Sanitation, dispensaries and jails vaccination Rajputana 1922-1927 - 1922-1927
Year: 1922
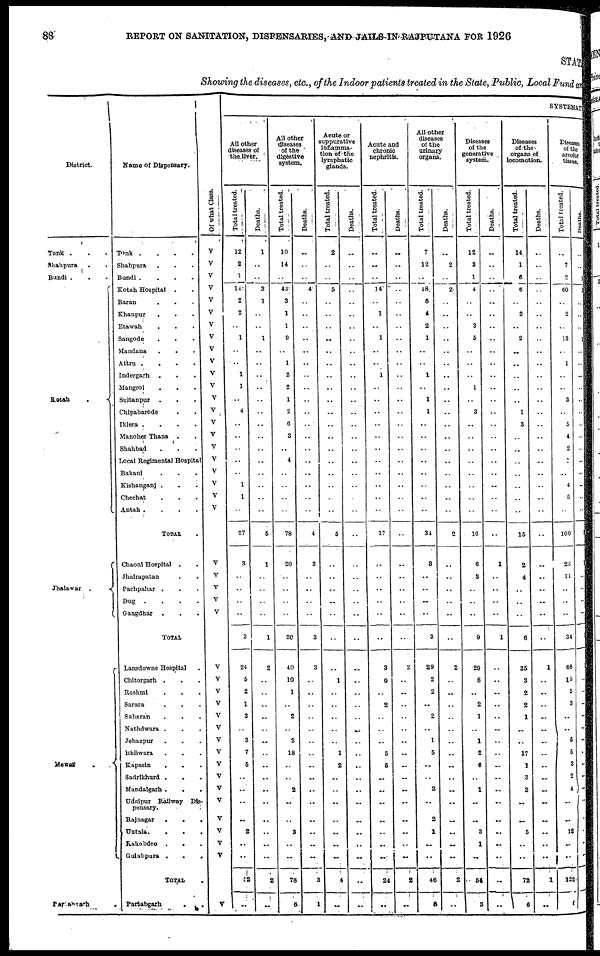
88
REPORT ON SANITATION, DISPENSARIES, AND JAILS IN RAJPUTANA FOR 1926
STATE
Showing the diseases, etc., of the Indoor patients treated in the State, Public, Local Fund an
District.
Tonk ...
Shahpura ..
Bundi
...
Kotah
.
Jhalawar .
Mewar
. .
Partabgarh .
Name of Dispensary.
Tonk ....
Shahpura ...
Bundi ....
Kotah Hospital ..
Baran ...
Khanpur ...
Etawah ...
Sangode
.
.
.
Mandana
...
Attru ....
Indergarh
...
Mangrol ...
Sultanpur ...
Chipabarode ..
Iklera
.
.
.
.
Manoher Thana ..
Shahbad ...
Local Regimental Hospital
Bakani ...
Kishanganj ...
Chechat ...
Antah .
.
.
.
TOTAL .
Chaoni Hospital ..
Jhalrapatan ..
Pachpahar ...
Dug
.
.
.
.
Gangdhar ...
TOTAL
Lansdowne Hospital .
Chitorgarh ...
Rashmi ...
Sarara ...
Saharan ...
Nathdwara ...
Jehazpur
...
Bhilwara ...
Kapasin
...
Sadrikhurd ...
Mandalgarh ...
Udaipur Railway Dis-
pensary.
Rajnagar
.
.
.
Untala.
...
Rakabdeo ...
Gulabpura
.
.
.
TOTAL .
Partabgarh
. .
Of what Class.
V
V
V
V
V
V
V
V
V
V
V
V
V
V
V
V
V
V
V
V
V
V
V
V
V
V
V
..
V
V
V
V
V
V
V
V
V
V
V
V
V
V
V
V
V
SYSTEMATIC
All other
diseases of
the liver.
Total treated.
12
2
1
14
2
2
..
1
..
..
1
1
..
4
..
..
..
..
..
1
1
..
27
3
..
..
..
..
3
24
5
2
1
3
..
3
7
5
..
..
..
..
2
..
..
52
..
Deaths.
1
..
..
3
1
..
..
1
..
..
..
..
..
..
..
..
..
..
..
..
..
..
5
1
..
..
..
..
1
2
..
..
..
..
..
..
..
..
..
..
..
..
..
..
..
2
..
All other
diseases
of the
digestive
system.
Total treated.
10
14
..
43
3
1
1
9
..
1
2
2
1
2
6
3
..
4
..
..
..
..
78
20
..
..
..
..
20
40
10
1
..
2
..
2
18
..
..
2
..
..
3
..
..
78
6
Deaths.
..
..
..
4
..
..
..
..
..
..
..
..
..
..
..
..
..
..
..
..
..
..
4
3
..
..
..
..
3
3
..
..
..
..
..
..
..
..
..
..
..
..
..
..
..
3
1
Acute or
suppurative
inflamma-
tion of the
lymphatic
glands.
Total treated.
2
..
..
5
..
..
..
..
..
..
..
..
..
..
..
..
..
..
..
..
..
..
5
..
..
..
..
..
..
..
1
..
..
..
..
..
1
2
..
..
..
..
..
..
..
4
..
Deaths.
..
..
..
..
..
..
..
..
..
..
..
..
..
..
..
..
..
..
..
..
..
..
..
..
..
..
..
1
..
..
..
..
..
..
..
..
..
..
..
..
..
..
..
..
..
..
..
Acute and
chronic
nephritis.
Total treated.
..
..
..
14
..
1
..
1
..
..
1
..
..
..
..
..
..
..
..
..
..
..
17
..
..
..
..
..
..
3
9
..
2
..
..
..
5
5
..
..
..
..
..
..
..
24
..
Deaths.
..
..
..
..
..
..
..
..
..
..
..
..
..
..
..
..
..
..
..
..
..
..
..
..
..
..
..
..
..
2
..
..
..
..
..
..
..
..
..
..
..
..
..
..
..
2
..
All other
diseases
of the
urinary
organs.
Total treated.
7
12
..
18
6
4
2
1
..
..
1
..
1
1
..
..
..
..
..
..
..
..
34
3
..
..
..
..
3
29
2
2
..
2
..
1
5
..
..
2
..
2
1
..
..
46
8
Deaths.
..
2
..
2
..
..
..
..
..
..
..
..
..
..
..
..
..
..
..
..
..
..
2
..
..
..
..
..
..
2
..
..
..
..
..
..
..
..
..
..
..
..
..
..
..
2
..
Diseases
of the
generative
system.
Total treated.
12
3
1
4
..
..
3
5
..
..
..
1
..
3
..
..
..
..
..
..
..
..
16
6
8
..
..
..
9
29
8
..
2
1
..
1
2
6
..
1
..
..
3
1
..
54
3
Deaths.
..
..
..
..
..
..
..
..
..
..
..
..
..
..
..
..
..
..
..
..
..
..
..
1
..
..
..
..
1
..
..
..
..
..
..
..
..
..
..
..
..
..
..
..
..
..
..
Diseases
of the
organs of
locomotion.
Total treated.
14
1
6
6
..
3
..
2
..
..
..
..
..
1
3
..
..
..
..
..
..
..
15
2
4
..
..
..
6
35
3
2
2
1
..
..
17
1
3
3
..
..
5
..
..
72
..
Deaths.
..
..
..
..
..
..
..
..
..
..
..
..
..
..
..
..
..
..
..
..
..
..
..
..
..
..
..
..
..
1
..
..
..
..
..
..
..
..
..
..
..
..
..
..
..
1
..
Diseaes
of the
areolar
tissue.
Total treated.
..
7
2
60
..
2
..
13
..
1
..
..
3
..
5
4
2
1
..
4
5
..
100
23
11
..
..
..
34
68
15
5
3
..
..
5
5
3
2
4
..
..
12
..
..
122
8
Deaths.
..
..
1
2
..
..
..
1
..
..
..
..
..
..
..
..
..
..
..
..
..
..
..
..
..
..
..
..
..
..
..
..
..
..
..
..
..
..
..
..
..